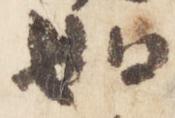
如